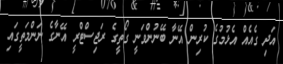
އަދި ގެއެއް އެޅުމުގެ ކުރިން އޭނާ ބޭނުންވަނީ ގޯތީގެ ރަޖިސްޓްރީ އޭނާގެ ނަންމަތީގައި